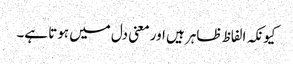
کیونکہ الفاظ ظاہر ہیں اور معنی دل میں ہوتا ہے۔